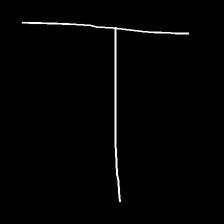
Glyph: column